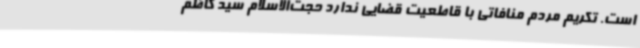
است. تکریم مردم منافاتی با قاطعیت قضایی ندارد حجت‌الاسلام سید کاظم